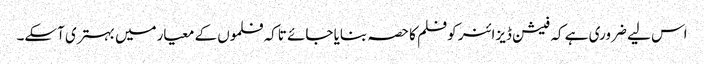
اس لیے ضروری ہے کہ فیشن ڈیزائنر کوفلم کا حصہ بنایا جائے تاکہ فلموں کے معیارمیں بہتری آسکے۔